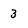
Character: 3